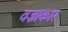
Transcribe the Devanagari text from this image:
वज्राकार